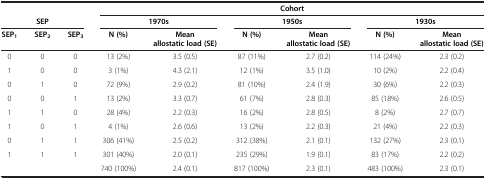
<table><thead><tr><td colspan="3"><b> </b></td><td colspan="6"><b>Cohort</b></td></tr><tr><td colspan="3"><b>SEP</b></td><td colspan="2"><b>1970s</b></td><td colspan="2"><b>1950s</b></td><td colspan="2"><b>1930s</b></td></tr><tr><td><b>SEP<sub>1</sub></b></td><td><b>SEP<sub>2</sub></b></td><td><b>SEP<sub>3</sub></b></td><td><b>N (%)</b></td><td><b>Mean allostatic load (SE)</b></td><td><b>N (%)</b></td><td><b>Mean allostatic load (SE)</b></td><td><b>N (%)</b></td><td><b>Mean allostatic load (SE)</b></td></tr></thead><tbody><tr><td>0</td><td>0</td><td>0</td><td>13 (2%)</td><td>3.5 (0.5)</td><td>87 (11%)</td><td>2.7 (0.2)</td><td>114 (24%)</td><td>2.3 (0.2)</td></tr><tr><td>1</td><td>0</td><td>0</td><td>3 (1%)</td><td>4.3 (2.1)</td><td>12 (1%)</td><td>3.5 (1.0)</td><td>10 (2%)</td><td>2.2 (0.4)</td></tr><tr><td>0</td><td>1</td><td>0</td><td>72 (9%)</td><td>2.9 (0.2)</td><td>81 (10%)</td><td>2.4 (1.9)</td><td>30 (6%)</td><td>2.2 (0.3)</td></tr><tr><td>0</td><td>0</td><td>1</td><td>13 (2%)</td><td>3.3 (0.7)</td><td>61 (7%)</td><td>2.8 (0.3)</td><td>85 (18%)</td><td>2.6 (0.5)</td></tr><tr><td>1</td><td>1</td><td>0</td><td>28 (4%)</td><td>2.2 (0.3)</td><td>16 (2%)</td><td>2.8 (0.5)</td><td>8 (2%)</td><td>2.7 (0.7)</td></tr><tr><td>1</td><td>0</td><td>1</td><td>4 (1%)</td><td>2.6 (0.6)</td><td>13 (2%)</td><td>2.2 (0.3)</td><td>21 (4%)</td><td>2.2 (0.3)</td></tr><tr><td>0</td><td>1</td><td>1</td><td>306 (41%)</td><td>2.5 (0.2)</td><td>312 (38%)</td><td>2.1 (0.1)</td><td>132 (27%)</td><td>2.3 (0.1)</td></tr><tr><td>1</td><td>1</td><td>1</td><td>301 (40%)</td><td>2.0 (0.1)</td><td>235 (29%)</td><td>1.9 (0.1)</td><td>83 (17%)</td><td>2.2 (0.2)</td></tr><tr><td> </td><td> </td><td> </td><td>740 (100%)</td><td>2.4 (0.1)</td><td>817 (100%)</td><td>2.3 (0.1)</td><td>483 (100%)</td><td>2.3 (0.1)</td></tr></tbody></table>